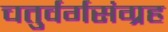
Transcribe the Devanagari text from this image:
चतुर्वर्गसंग्रह